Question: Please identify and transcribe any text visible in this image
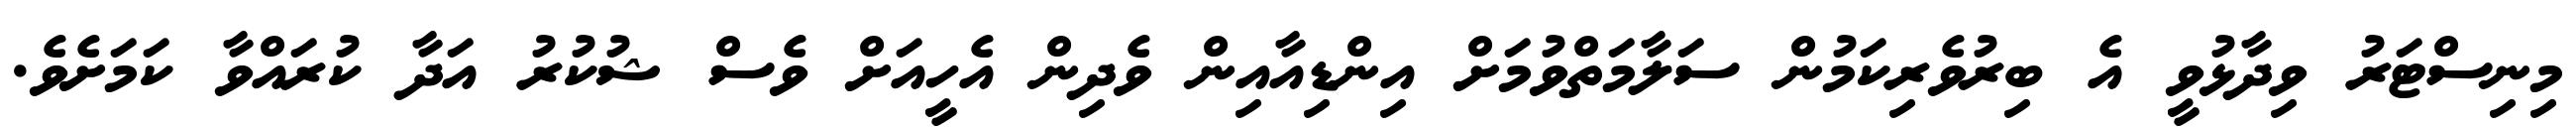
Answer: މިނިސްޓަރު ވިދާޅުވީ އެ ބިރުވެރިކަމުން ސަލާމަތްވުމަށް އިންޑިއާއިން ވެދިން އެހީއަށް ވެސް ޝުކުރު އަދާ ކުރައްވާ ކަމަށެވެ.